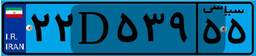
۹۴D۶۷۶۰۹